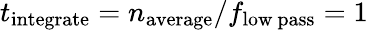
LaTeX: t_{\mathrm{integrate}}=n_{\mathrm{average}}/f_{\mathrm{low\ pass}}=1